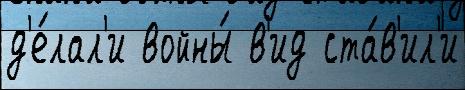
д'е́лал'и войны́ в'ид ста́в'ил'и